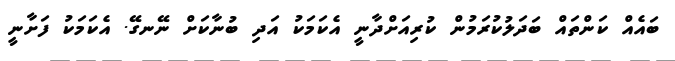
ބައެއް ކަންތައް ބަދަލުކުރަމުން ކުރިއަށްދާނީ އެކަމަކު އަދި ބުނާކަށް ނޭނގޭ. އެކަމަކު ފަށާނީ